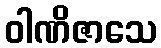
ဝါဏိဇာသေ